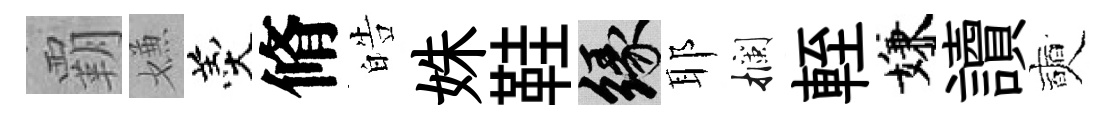
覇嫌羹脩皓姝鞋緣耶攔輊嫌讀奭